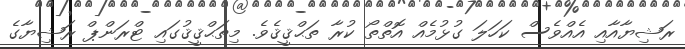
ރަޝިޔާއާއި އެއްވެސް ކަހަލަ ގުޅުމެއް އޮތްތޯ ކުރާ ތަޙްޤީޤެވެ. މިތަޙްޤީޤުގައި ޓްރަންޕް ރަޝިޔާގެ